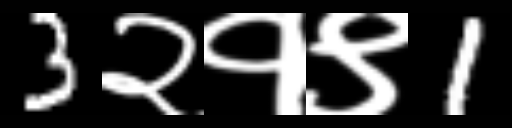
Text: 3२१९1